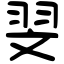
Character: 𦐐